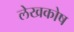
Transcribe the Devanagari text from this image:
लेखकोष